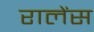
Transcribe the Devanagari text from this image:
रालेंस